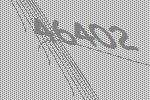
46402